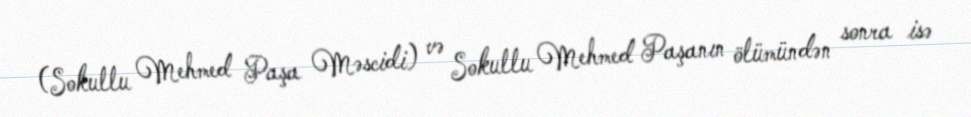
(Sokullu Mehmed Paşa Məscidi) və Sokullu Mehmed Paşanın ölümündən sonra isə